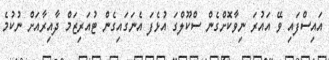
އައިސްފައި ވޭ އައުރަ ނިވާކޮށްގެން ސްކޫލްގަ އުޅެފަ އެނަގައިގެން ޓުއަރިޒަމް ދާއިރާއަށް ނުކުމެ